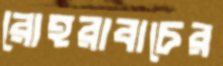
রোহরাবাচের